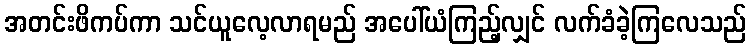
အတင်းဖိကပ်ကာ သင်ယူလေ့လာရမည် အပေါ်ယံကြည့်လျှင် လက်ခံခဲ့ကြလေသည်